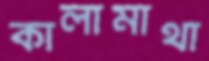
কালামাথা